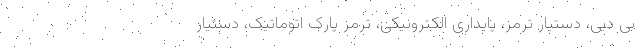
بی دیی، دستیار ترمز، پایداری الکترونیکی، ترمز پارک اتوماتیک، دستیار